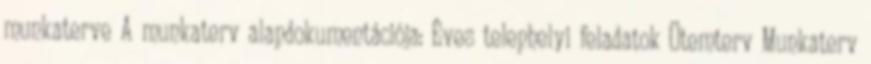
munkaterve A munkaterv alapdokumentációja: Éves telephelyi feladatok Ütemterv Munkaterv